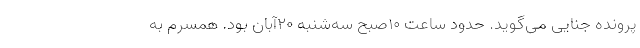
پرونده جنایی می‌گوید. حدود ساعت ۱۰صبح سه‌شنبه ۲۰آبان بود. همسرم به